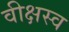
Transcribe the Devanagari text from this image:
वीक्षस्व